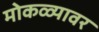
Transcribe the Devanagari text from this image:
मोकळ्यावर